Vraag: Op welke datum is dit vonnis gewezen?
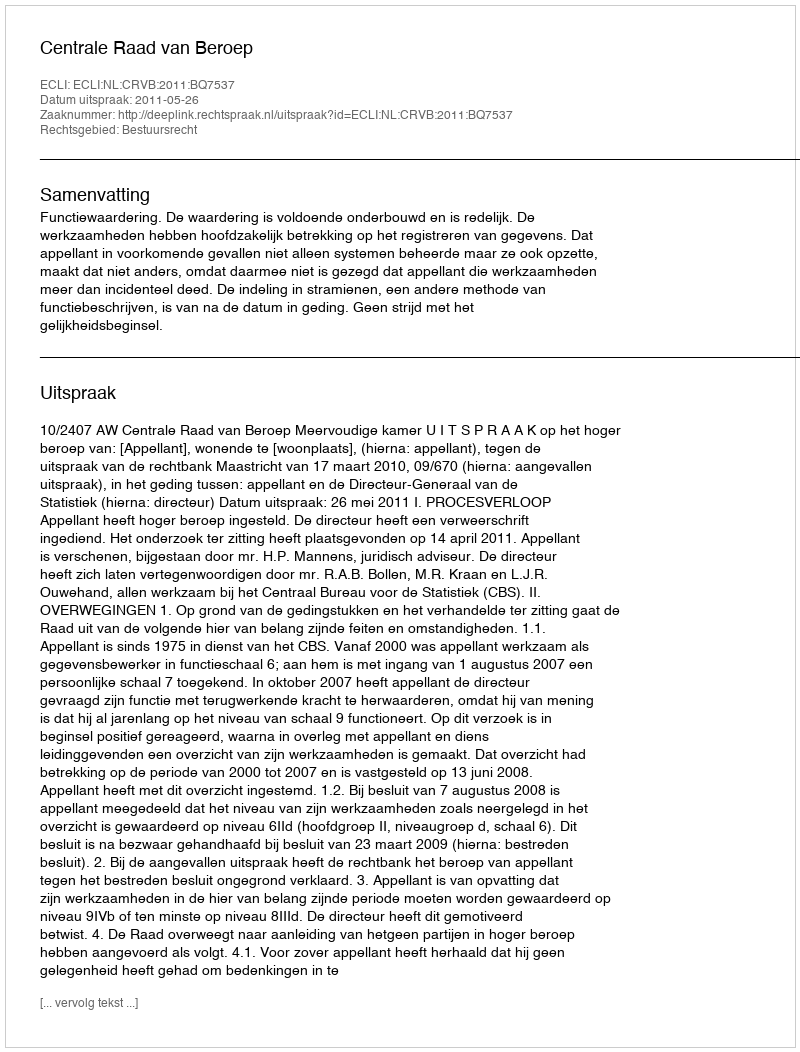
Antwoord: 2011-05-26